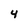
Character: 4